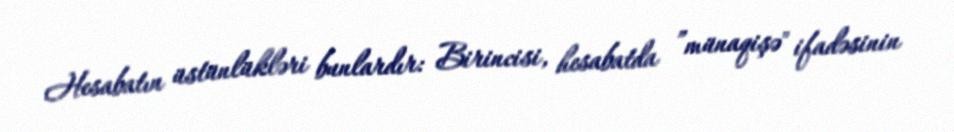
Hesabatın üstünlükləri bunlardır: Birincisi, hesabatda ”münaqişə" ifadəsinin